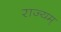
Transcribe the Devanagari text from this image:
राज्यम्